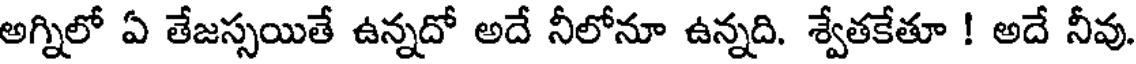
అగ్నిలో ఏ తేజస్సయితే ఉన్నదో అదే నీలోనూ ఉన్నది. శ్వేతకేతూ ! అదే నీవు